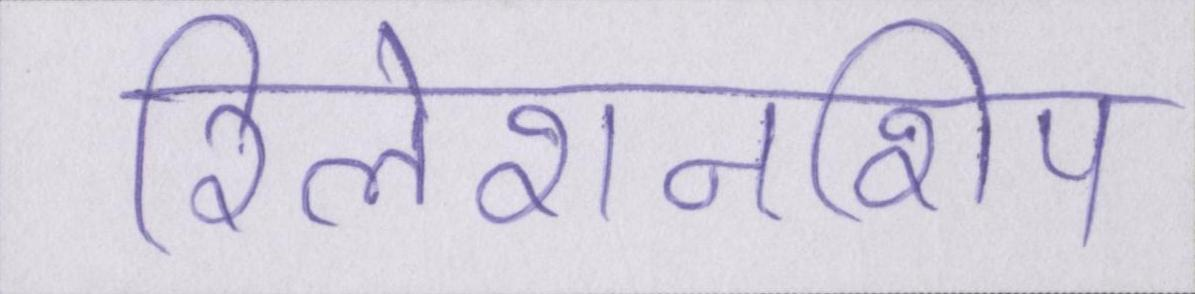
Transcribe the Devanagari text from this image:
रिलेशनशिप